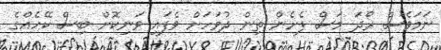
ނަމަވެސް ރޯދަ މަސް ފެށެން ތިން ދުވަހަށް ވެފައި ވަނިކޮށް ބިސް ކޭހެއްގެ